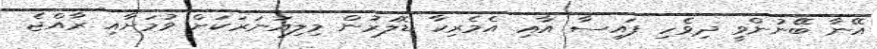
އޭނާ ބޭނުންވީ ދިވެހި ފައިސާ އާއި އެމެރިކާ ޑޮލަރުން މިލިއަނަރަކަށް ވުމަށާއި ރާއްޖެ